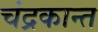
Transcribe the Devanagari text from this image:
चंद्रकान्त